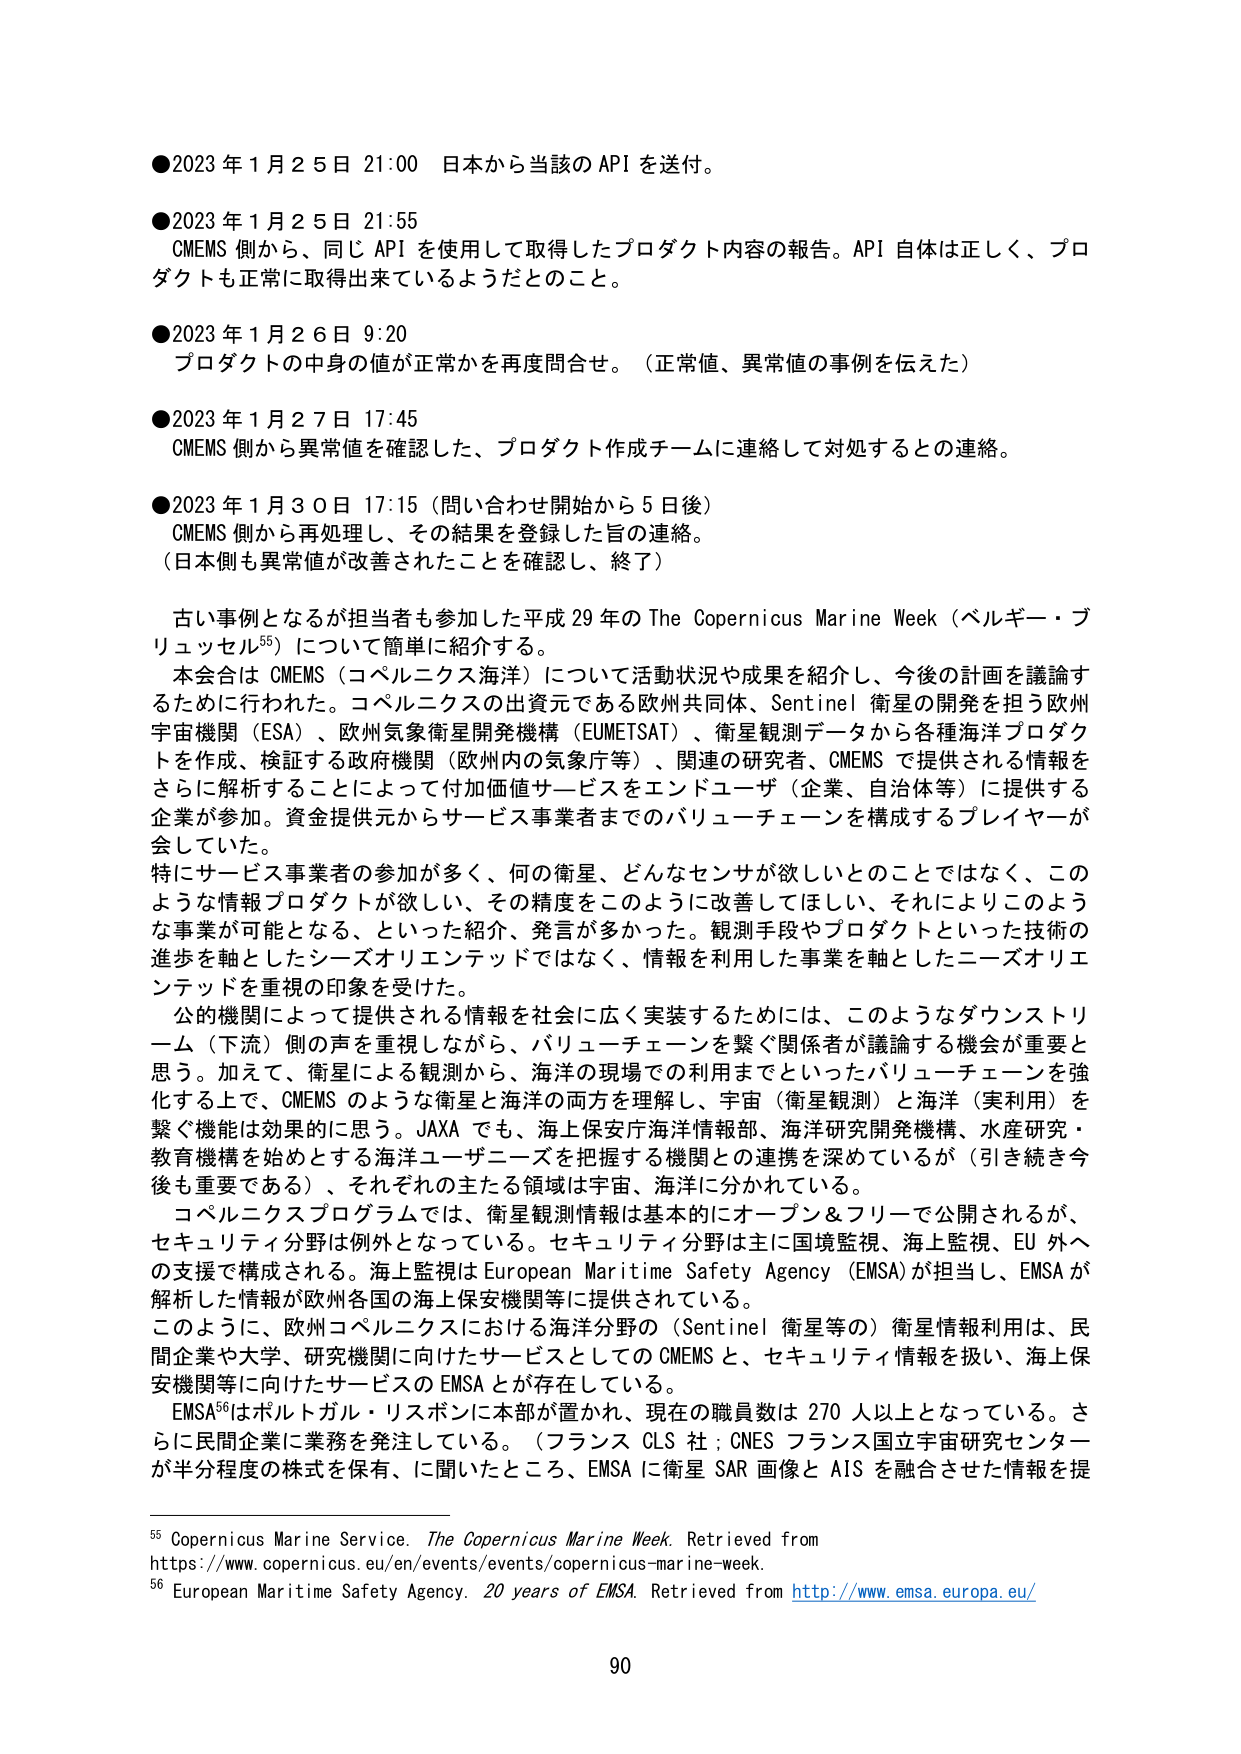
●2023年1月25日 21:00 日本から当該のAPIを送付。

●2023年1月25日 21:55
CMEMS側から、同じAPIを使用して取得したプロダクト内容の報告。API自体は正しく、プロダクトも正常に取得出来ているようだとのこと。

●2023年1月26日 9:20
プロダクトの中身の値が正常かを再度問合せ。（正常値、異常値の事例を伝えた）

●2023年1月27日 17:45
CMEMS側から異常値を確認した、プロダクト作成チームに連絡して対処するとの連絡。

●2023年1月30日 17:15（問い合わせ開始から5日後）
CMEMS側から再処理し、その結果を登録した旨の連絡。
（日本側も異常値が改善されたことを確認し、終了）

古い事例となるが担当者も参加した平成29年のThe Copernicus Marine Week（ベルギー・ブリュッセル⁵⁵）について簡単に紹介する。
本会合はCMEMS（コペルニクス海洋）について活動状況や成果を紹介し、今後の計画を議論するために行われた。コペルニクスの出資元である欧州共同体、Sentinel衛星の開発を担う欧州宇宙機関（ESA）、欧州気象衛星開発機構（EUMETSAT）、衛星観測データから各海洋プロダクトを作成、検証する政府機関（欧州内の気象庁等）、関連の研究者、CMEMSで提供される情報をさらに解析することによって付加価値サービスをエンドユーザー（企業、自治体等）に提供する企業が参加。資金提供元からサービス事業者までのバリューチェーンを構成するプレイヤーが会していた。
特にサービス事業者の参加が多く、何の衛星、どんなセンサが欲しいとのことではなく、このような情報プロダクトが欲しい、その精度をこのように改善してほしい、それによりこのような事業が可能となる、といった紹介、発言が多かった。観測手段やプロダクトといった技術の進歩を軸としたシーズオリエンテッドではなく、情報を利用した事業を軸としたニーズオリエンテッドを重視の印象を受けた。
公的機関によって提供される情報を社会に広く実装するためには、このようなダウンストリーム（下流）側の声を重視しながら、バリューチェーンを繋ぐ関係者が議論する機会が重要と思う。加えて、衛星による観測から、海洋の現場での利用までといったバリューチェーンを強化する上で、CMEMSのような衛星と海洋の両方を理解し、宇宙（衛星観測）と海洋（実利用）を繋ぐ機能は効果的に思う。JAXAでも、海上保安庁海洋情報部、海洋研究開発機構、水産研究・教育機構を始めとする海洋ユーザニーズを把握する機関との連携を深めているが（引き続き今後も重要である）、それぞれの主たる領域は宇宙、海洋に分かれている。
コペルニクスプログラムでは、衛星観測情報は基本的にオープン＆フリーで公開されるが、セキュリティ分野は例外となっている。セキュリティ分野は主に国境監視、海上監視、EU外への支援で構成される。海上監視はEuropean Maritime Safety Agency（EMSA）が担当し、EMSAが解析した情報が欧州各国の海上保安機関等に提供されている。
このように、欧州コペルニクスにおける海洋分野の（Sentinel衛星等の）衛星情報利用は、民間企業や大学、研究機関に向けたサービスとしてのCMEMSと、セキュリティ情報を扱い、海上保安機関等に向けたサービスのEMSAとが存在している。
EMSA⁵⁶はポルトガル・リスボンに本部が置かれ、現在の職員数は270人以上となっている。さらに民間企業に業務を発注している。（フランスCLS社；CNESフランス国立宇宙研究センターが半分程度の株式を保有、に聞いたところ、EMSAに衛星SAR画像とAISを融合させた情報を提

⁵⁵ Copernicus Marine Service. The Copernicus Marine Week. Retrieved from https://www.copernicus.eu/en/events/events/copernicus-marine-week.
⁵⁶ European Maritime Safety Agency. 20 years of EMSA. Retrieved from http://www.emsa.europa.eu/

90